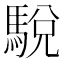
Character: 駾